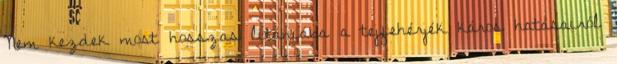
Nem kezdek most hosszas litániába a tejfehérjék káros hatásairól